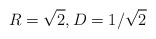
\begin{align*}R = \sqrt2, D = 1/\sqrt2 \end{align*}